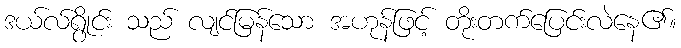
ဒယ်လ်ရွိုင်း သည် လျင်မြန်သော အဟုန်ဖြင့် တိုးတက်ပြေင်းလဲနေ၏။